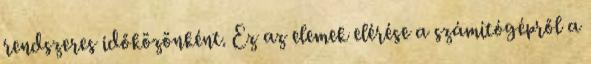
rendszeres időközönként. Ez az elemek elérése a számítógépről a